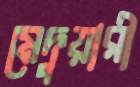
মেদুয়ারী